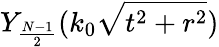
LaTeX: Y_{\frac{N-1}{2}}(k_{0}\sqrt{t^{2}+r^{2}})